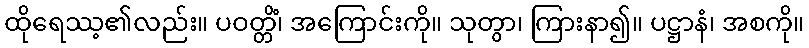
ထိုရေဿ့၏လည်း။ ပဝတ္တိံ၊ အကြောင်းကို။ သုတွာ၊ ကြားနာ၍။ ပဋ္ဌာနံ၊ အစကို။